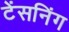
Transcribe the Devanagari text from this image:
टेंसनिंग